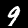
Label: 9